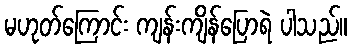
မဟုတ်ကြောင်း ကျန်းကျိန်ပြောရဲ ပါသည်။